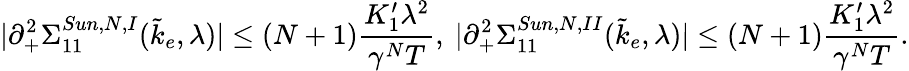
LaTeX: \vert\partial_{+}^{2}\Sigma_{11}^{Sun,N,I}(\tilde{k}_{e},\lambda)\vert\le(N+1)\frac{K_{1}^{\prime}\lambda^{2}}{\gamma^{N}T},\ \vert\partial_{+}^{2}\Sigma_{11}^{Sun,N,II}(\tilde{k}_{e},\lambda)\vert\le(N+1)\frac{K_{1}^{\prime}\lambda^{2}}{\gamma^{N}T}.